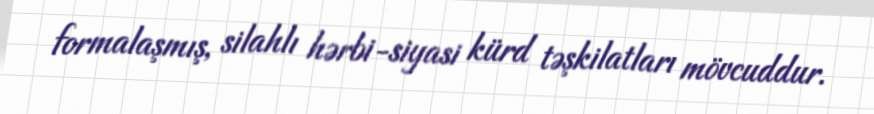
formalaşmış, silahlı hərbi-siyasi kürd təşkilatları mövcuddur.